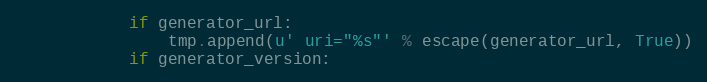
Language: Python
            if generator_url:
                tmp.append(u' uri="%s"' % escape(generator_url, True))
            if generator_version: